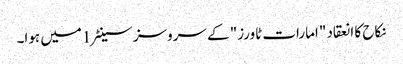
نکاح کا انعقاد "امارات ٹاورز" کے سروسز سینٹر 1میں ہوا۔